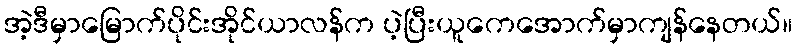
အဲ့ဒီမှာမြောက်ပိုင်းအိုင်ယာလန်က ပဲ့ပြီးယူကေအောက်မှာကျန်နေတယ်။